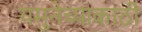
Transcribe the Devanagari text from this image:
यमुनेच्याकाठी